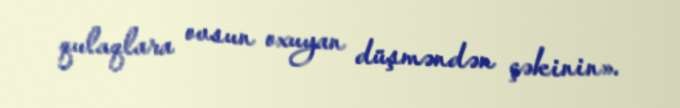
qulaqlara ovsun oxuyan düşməndən çəkinin».